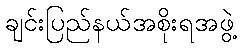
ချင်းပြည်နယ်အစိုးရအဖွဲ့